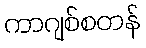
ကာဂျစ်စတန်